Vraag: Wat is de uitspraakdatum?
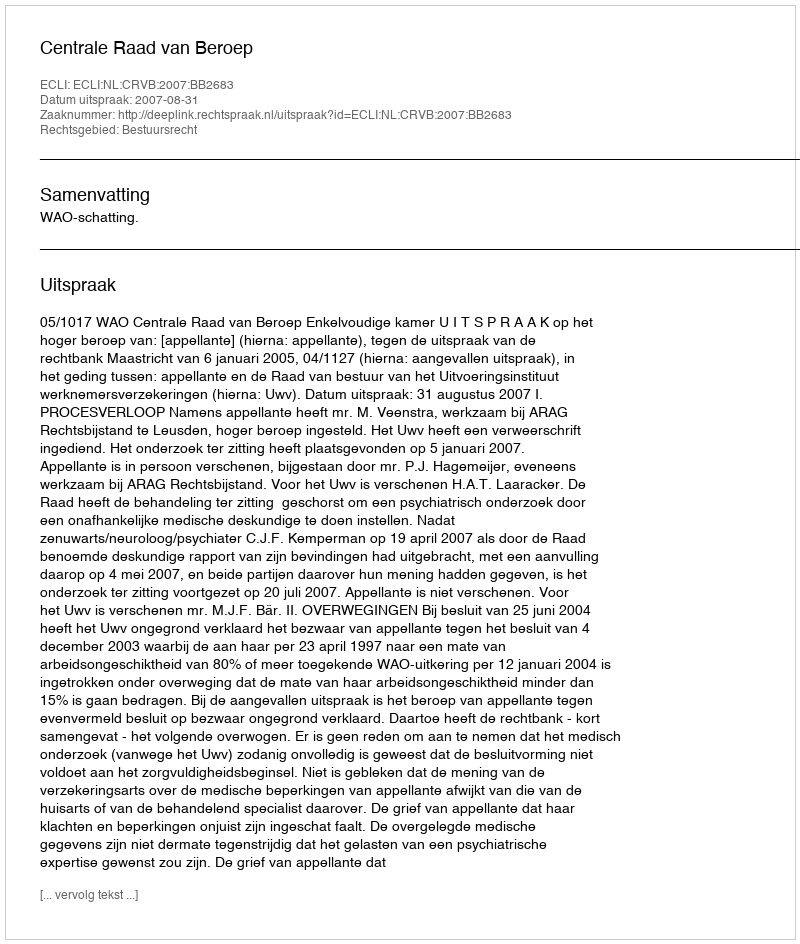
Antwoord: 2007-08-31